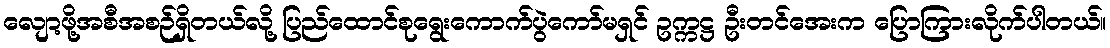
လျော့ဖို့အစီအစဉ်ရှိတယ်လို့ ပြည်ထောင်စုရွေးကောက်ပွဲကော်မရှင် ဥက္ကဋ္ဌ ဦးတင်အေးက ပြောကြားလိုက်ပါတယ်။